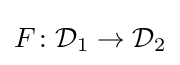
F\colon {\mathcal {D}}_{1}\to {\mathcal {D}}_{2}